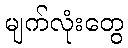
မျက်လုံးတွေ